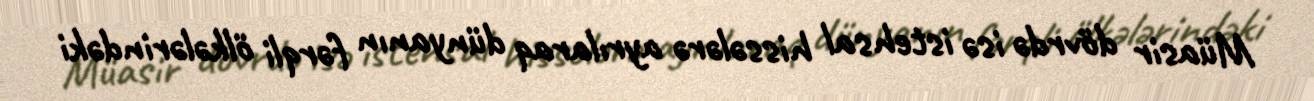
Müasir dövrdə isə istehsal hissələrə ayrılaraq dünyanın fərqli ölkələrindəki